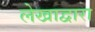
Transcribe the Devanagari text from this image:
लेखाद्वारा